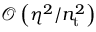
\mathcal { O } \left( \eta ^ { 2 } / n _ { \mathrm { t } } ^ { 2 } \right)